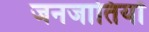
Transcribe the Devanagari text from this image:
जनजातियॉं